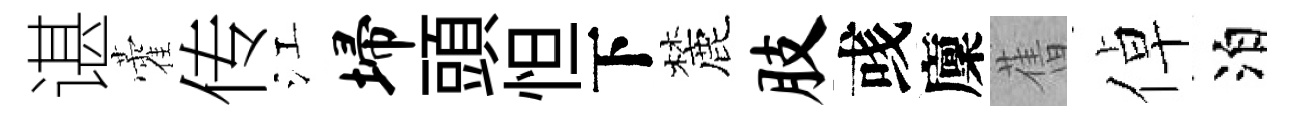
谌藿传江埽頭怛下麓肢彧廩𦾔倬泊